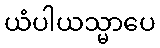
ယံပါယသ္မာပေ